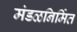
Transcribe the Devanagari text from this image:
मंडळनिर्मित